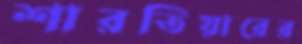
শারতিয়ারের